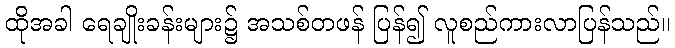
ထိုအခါ ရေချိုးခန်းများ၌ အသစ်တဖန် ပြန်၍ လူစည်ကားလာပြန်သည်။